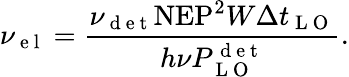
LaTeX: \nu_{\mathrm{~e~l~}}=\frac{\nu_{\mathrm{~d~e~t~}}\mathrm{NEP}^{2}W\Delta t_{\mathrm{~L~O~}}}{h\nu P_{\mathrm{~L~O~}}^{\mathrm{~d~e~t~}}}.